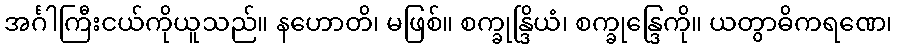
အင်္ဂါကြီးငယ်ကိုယူသည်။ နဟောတိ၊ မဖြစ်။ စက္ခုန္ဒြိယံ၊ စက္ခုန္ဒြေကို။ ယတွာဓိကရဏေ၊